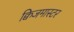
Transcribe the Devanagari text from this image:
क्विजमास्टर